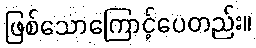
ဖြစ်သောကြောင့်ပေတည်း။